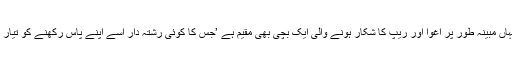
اب یہاں مبینہ طور پر اغوا اور ریپ کا شکار ہونے والی ایک بچی بھی مقیم ہے ’جس کا کوئی رشتہ دار اسے اپنے پاس رکھنے کو تیار نہیں۔